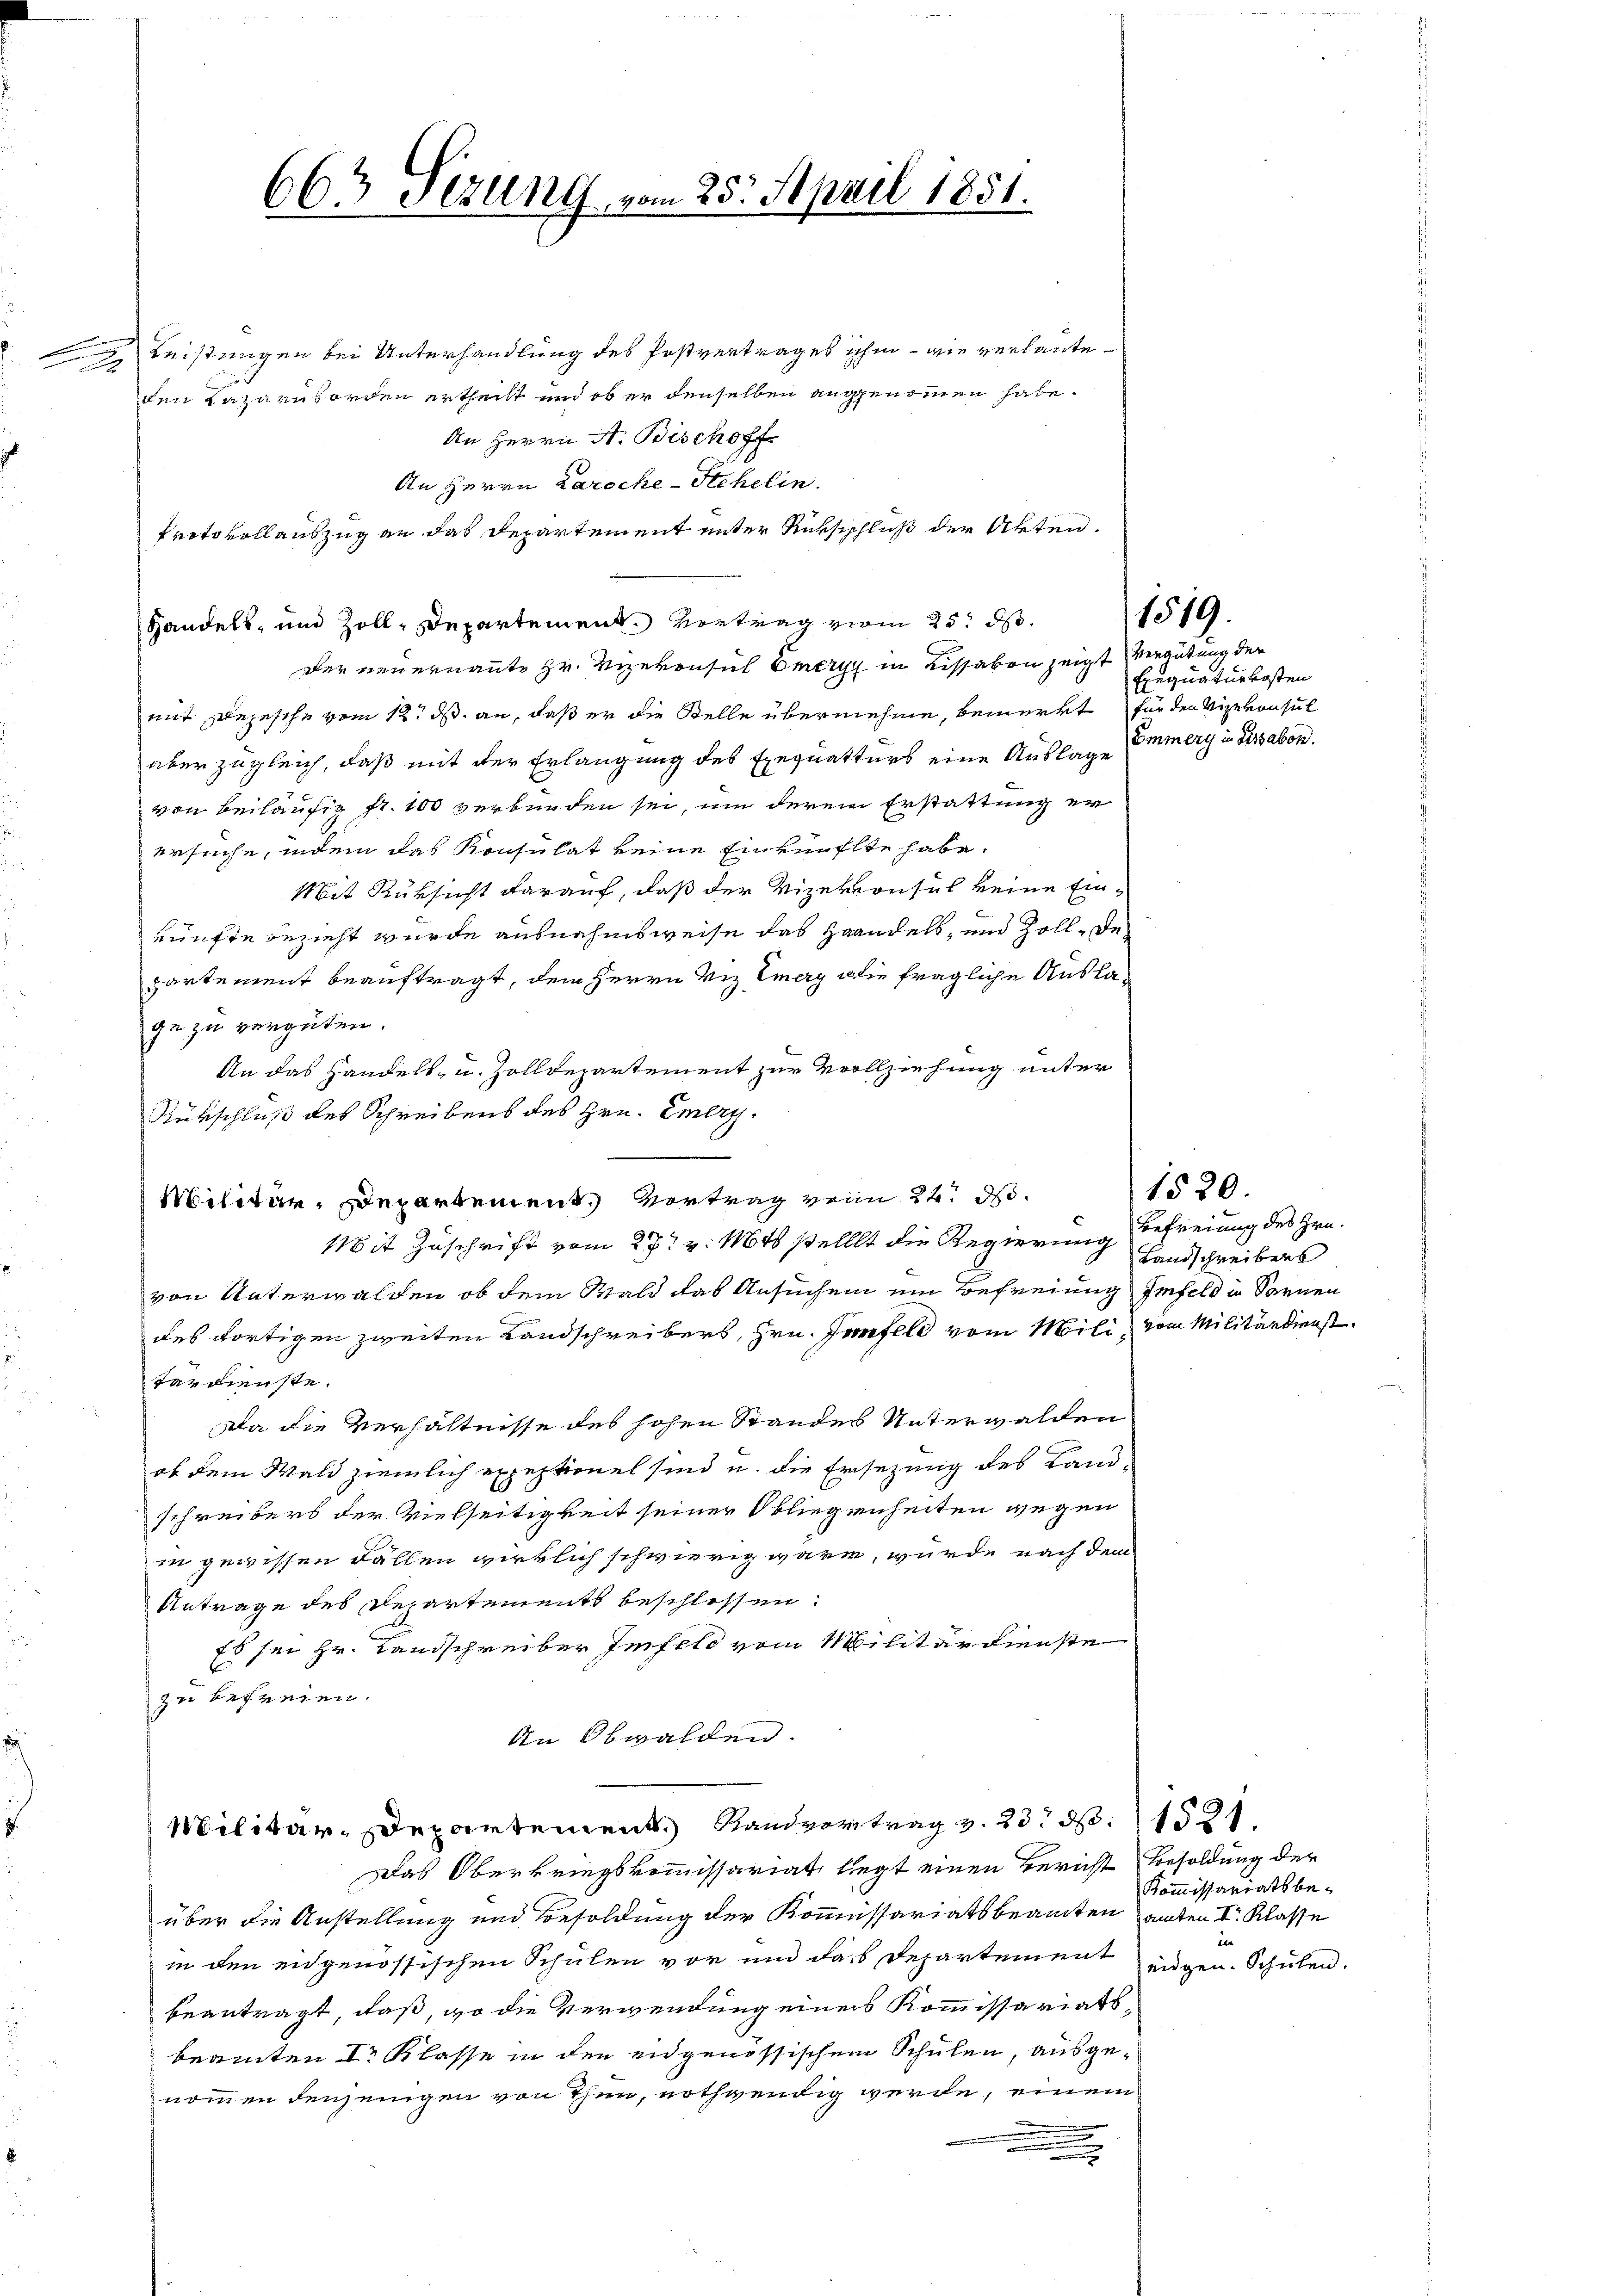
e
.
2

Leistungen bei Unterhandlung des Postvertrages ihm - wie verlaute
den Lazarndorden ertheilt und ob er denselben angenommen habe.
An Herrn A. Bischoff
An Herrn Laroche-Stehelin.
Protokollauszug an das Departement unter Rückschluß der Akten.
Handels, und Zoll, Departement. Vortrag vom 25. ds.
Der neuernannte Hr. Vizekonsuch Omergy in Lissabon zeigt vergütung der
mit Depesche vom 12. ds. an, daß er die Stelle übernehme, bemerkt für den Vizekonsul
aber zugleich, daß mit der Erlangung des Exequatters eine Auslage
von beiläufig fr. 100 verbunden sei, um derem Erstattung er
ersuche, indem das Konsulat keine Einkünfte habe.
Mit Rüksicht darauf, daß der Vizekonsul keine Einrünfte bezieht wurde ausnahmsweise das Handels, und Zoll-Departement beauftragt, dem Herrn Viz Emery a die fragliche Auslage zu vergüten.
An das Handels- u. Zolldepartement zur Vollziehung unter
Rükschluß des Schreibens des Hrn. Emery¬
Militär, Departement. Vortrag von 22. d.
Mit Zuschrift vom 27t v. Mts stellt die Regierung befreiung des Gravon Unterwalden, ob dem Wald das Ansuchen ein Befreiung finfeld in Sarnen
des dortigen zweiten Landschreibers, Hrn. Jenfeld vom Mili, vom Militärdienst
terdienste.
Da die Verhältnisse des hohen Standes Unterwalden
ob dem Wald ziemlich expeptionet sind u. die Ersezung des Land-
schreibers der Vielseitigkeit seiner Obliegenheiten wegen
in gewissen Fällen wirklich schwierig wäre, wurde nach dem
Antrage des Departements beschlossen:
Es sei Hr. Landschreiber Infeld vom Militärdienste
zu befreien.
In Obwalden.
Militär-Departement. Handvertrag v. 23. d. 1531.
Das Oberkriegskommissariat, liegt einen Bericht Besoldung der
über die Anstellung und Besoldung der Kommissariatsbeamten samten I. Klasse
in den eidgenössischen Schulen vor und dass Departement eigen. Schulen.
beantragt, daß, wo die Verwendung eines Kommissariatsbeamten I Klasse in den eidgenössischem Schulen, ausgenommen denjenigen von Thun, nothwendig werde, einem
.

663 Sizung vom 25. April 1851.

Exequaturkosten
Emmerg in Sissabon.

1519.

1520.
Landschreibers

Kom̅issariatsbexx